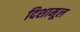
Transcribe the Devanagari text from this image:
दिशामूल